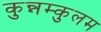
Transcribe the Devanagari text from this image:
कुन्नम्कुलम